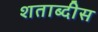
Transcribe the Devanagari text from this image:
शताब्दीस